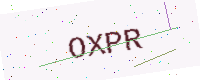
Text: OXPR